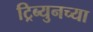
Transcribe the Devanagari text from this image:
ट्रिब्युनच्या